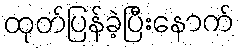
ထုတ်ပြန်ခဲ့ပြီးနောက်